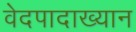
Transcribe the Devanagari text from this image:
वेदपादाख्यान